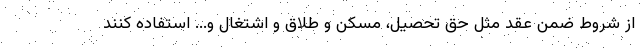
از شروط ضمن عقد مثل حق تحصیل، مسکن و طلاق و اشتغال و... استفاده کنند